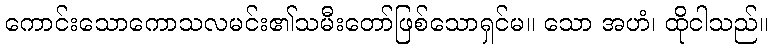
ကောင်းသောကောသလမင်း၏သမီးတော်ဖြစ်သောရှင်မ။ သော အဟံ၊ ထိုငါသည်။